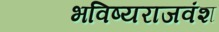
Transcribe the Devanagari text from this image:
भविष्यराजवंश